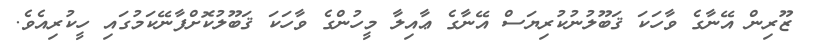
ޒޫރިން އޭނާގެ ވާހަކަ ޤަބޫލުނުކުރިޔަސް އޭނާގެ ޢާއިލާ މީހުންގެ ވާހަކަ ޤަބޫލުކޮށްފާނޭކަމުގައި ހީކުރިއެވެ.